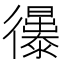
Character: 忁